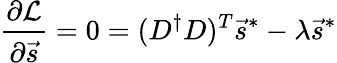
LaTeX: \frac{\partial\mathcal{L}}{\partial\vec{s}}=0=(D^{\dagger}D)^{T}\vec{s}^{*}-\lambda\vec{s}^{*}